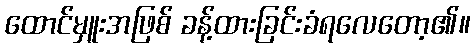
ထောင်မှူးအဖြစ် ခန့်ထားခြင်းခံရလေတော့၏။